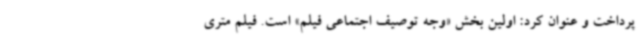
پرداخت و عنوان کرد: اولین بخش «وجه توصیف اجتماعی فیلم» است. فیلم متری